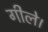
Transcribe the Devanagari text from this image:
गीले।